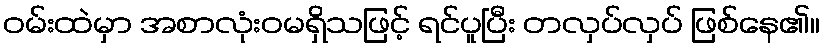
ဝမ်းထဲမှာ အစာလုံးဝမရှိသဖြင့် ရင်ပူပြီး တလှပ်လှပ် ဖြစ်နေ၏။